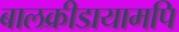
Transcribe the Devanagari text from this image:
बालक्रीडायामपि